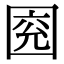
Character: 𡇰